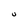
Character: U